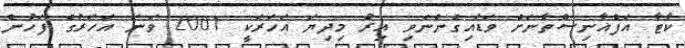
ކާޓާ އަފްޣާނިސްތާނަށް ވަޑައިގެންނެވި އިރު މިދިޔަ އަހަރަކީ 2001 ވަނަ އަހަރުގެ ފަހުން